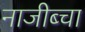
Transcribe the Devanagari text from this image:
नाजीब्चा